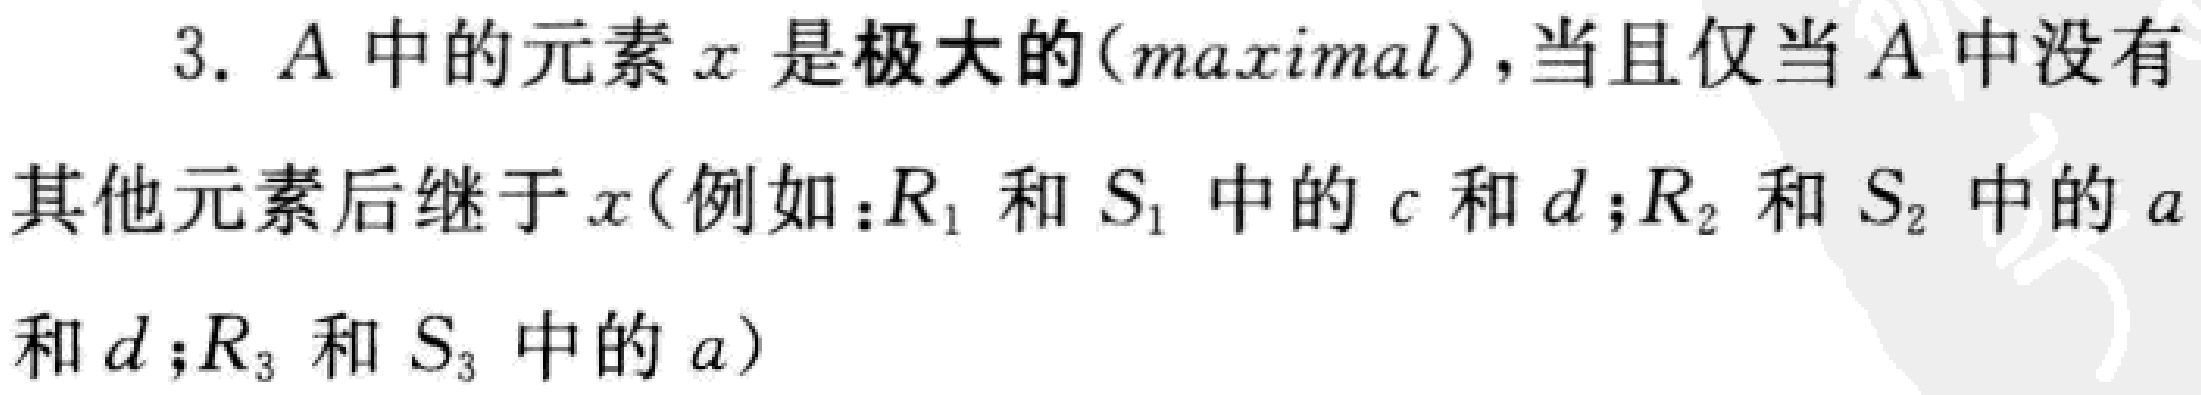
3. \(A\)中的元素\(x\)是极大的(maximal)，当且仅当\(A\)中没有其他元素后继于\(x\)(例如：\(R_1\)和\(S_1\)中的\(c\)和\(d\)；\(R_2\)和\(S_2\)中的\(a\)和\(d\)；\(R_3\)和\(S_3\)中的\(a\))